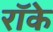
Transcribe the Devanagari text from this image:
रॉके